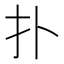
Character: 扑